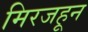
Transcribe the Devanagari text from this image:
मिरजहून